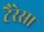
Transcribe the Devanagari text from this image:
टैरेसा